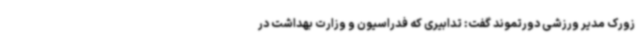
زورک مدیر ورزشی دورتموند گفت: تدابیری که فدراسیون و وزارت بهداشت در